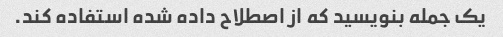
یک جمله بنویسید که از اصطلاح داده شده استفاده کند.